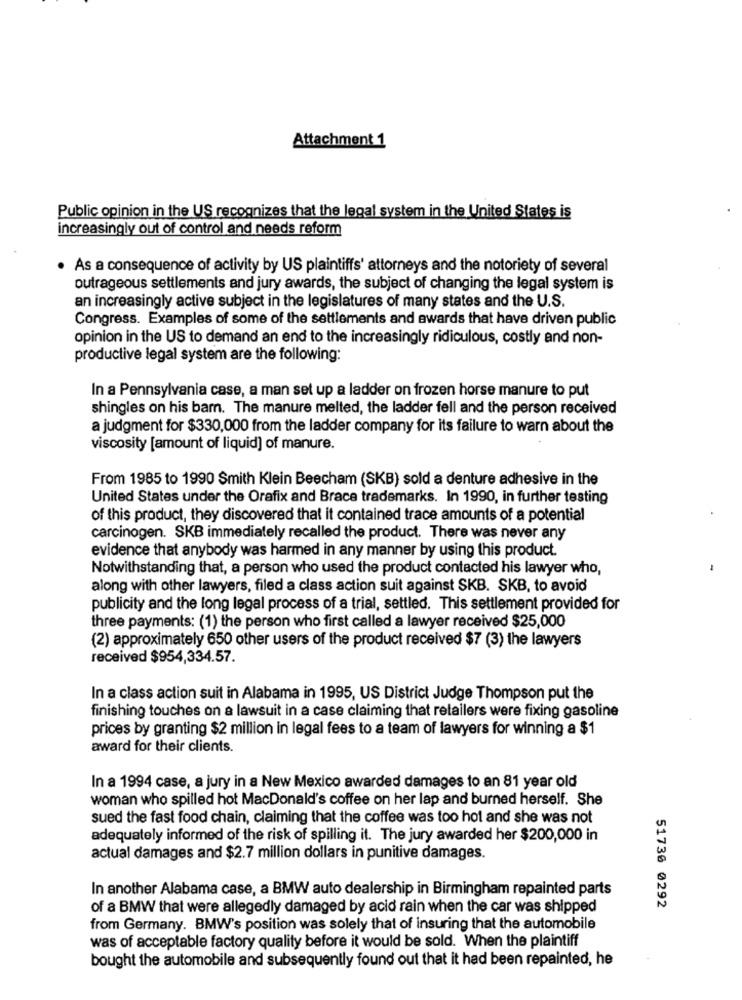
Attachment 1
Public opinion in the US recognizes that the legal system in the United States is
increasingly out of control and needs reform
. As a consequence of activity by US plaintiffs' attorneys and the notoriety of several
outrageous settlements and jury awards, the subject of changing the legal system is
an increasingly active subject in the legislatures of many states and the U.S.
Congress. Examples of some of the settlements and awards that have driven public
opinion in the US to demand an end to the increasingly ridiculous, costly and non-
productive legal system are the following:
In a Pennsylvania case, a man set up a ladder on frozen horse manure to put
shingles on his barn. The manure melted, the ladder fell and the person received
a judgment for $330,000 from the ladder company for its failure to warn about the
viscosity [amount of liquid] of manure.
From 1985 to 1990 Smith Klein Beecham (SKB) sold a denture adhesive in the
United States under the Orafix and Brace trademarks. In 1990, in further testing
of this product, they discovered that it contained trace amounts of a potential
carcinogen. SKB immediately recalled the product. There was never any
evidence that anybody was harmed in any manner by using this product.
Notwithstanding that, a person who used the product contacted his lawyer who,
along with other lawyers, filed a class action suit against SKB. SKB, to avoid
publicity and the long legal process of a trial, settled. This settlement provided for
three payments: (1) the person who first called a lawyer received $25,000
(2) approximately 650 other users of the product received $7 (3) the lawyers
received $954,334.57.
In a class action suit in Alabama in 1995, US District Judge Thompson put the
finishing touches on a lawsuit in a case claiming that retailers were fixing gasoline
prices by granting $2 million in legal fees to a team of lawyers for winning a $1
award for their clients.
In a 1994 case, a jury in a New Mexico awarded damages to an 81 year old
woman who spilled hot MacDonald's coffee on her lap and burned herself. She
sued the fast food chain, claiming that the coffee was too hot and she was not
adequately informed of the risk of spilling it. The jury awarded her $200,000 in
actual damages and $2.7 million dollars in punitive damages.
In another Alabama case, a BMW auto dealership in Birmingham repainted parts
of a BMW that were allegedly damaged by acid rain when the car was shipped
51736 0292
from Germany. BMW's position was solely that of insuring that the automobile
was of acceptable factory quality before it would be sold. When the plaintiff
bought the automobile and subsequently found out that it had been repainted, he